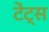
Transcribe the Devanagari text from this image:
टेंट्स